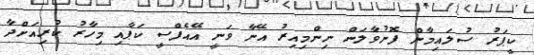
ކީޕަރު ސުލައިމާން ފޮނުވާލަން ނިންމިއިރު އޭނާ ވަނީ އޭއެފްސީ ކަޕާއި މިހާރު ކުރިއަށްދާ